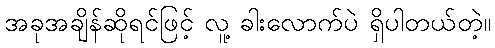
အခုအချိန်ဆိုရင်ဖြင့် လူ့ ခါးလောက်ပဲ ရှိပါတယ်တဲ့။